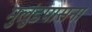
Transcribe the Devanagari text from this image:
मुलुंडपासना